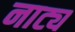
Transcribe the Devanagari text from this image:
नाट्य